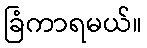
ခြံကာရမယ်။